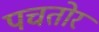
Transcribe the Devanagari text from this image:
पचतोर